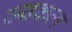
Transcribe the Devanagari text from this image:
ज्यकल